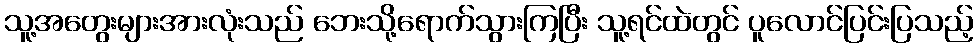
သူ့အတွေးများအားလုံးသည် ဘေးသို့ရောက်သွားကြပြီး သူ့ရင်ထဲတွင် ပူလောင်ပြင်းပြသည့်